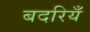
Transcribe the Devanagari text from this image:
बदरियँ